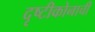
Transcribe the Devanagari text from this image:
दृष्टीकोनाची